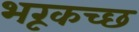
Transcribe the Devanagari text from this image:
भरूकच्छ